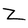
Character: Z